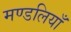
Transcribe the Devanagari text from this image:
मण्डलियाँ